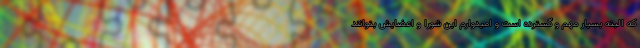
که البته بسیار مهم و گسترده است و امیدوارم این شورا و اعضایش بتوانند